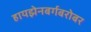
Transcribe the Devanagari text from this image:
हायझेनबर्गबरोबर